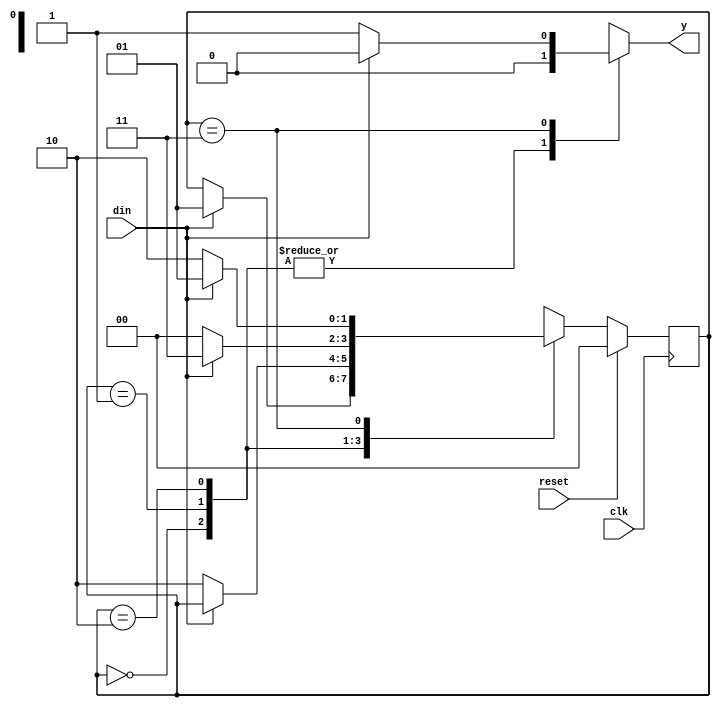
module melfsmolp(din, reset, clk, y);
output reg y;
input din;
input clk;
input reset;
reg [1:0] cst, nst;
parameter S0 = 2'b00,
          S1 = 2'b01,
          S2 = 2'b10,
          S3 = 2'b11;
always @(cst or din)
 begin
 case (cst)
   S0: if (din == 1'b1)
          begin
         nst = S1;
          y=1'b0;
          end
      else
          begin
           nst = cst;
          y=1'b0;
          end
   S1: if (din == 1'b0)
          begin
        nst = S2;
          y=1'b0;
          end
       else
          begin
           nst = cst;
          y=1'b0;
          end
   S2: if (din == 1'b1)
          begin
         nst = S3;
          y=1'b0;
          end    
            else
          begin
           nst = S0;
          y=1'b0;
          end
   S3: if (din == 1'b0)
          begin
         nst = S2;
          y=1'b1;
          end
       else
          begin
          nst = S1;
          y=1'b0;
          end
   default: nst = S0;
  endcase
end
always@(posedge clk)
begin
           if (reset)
             cst <= S0;
           else
             cst <= nst;
end
endmodule